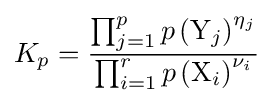
K_{p}={\frac {\prod _{j=1}^{p}p\left(\mathrm {Y} _{j}\right)^{\eta _{j}}}{\prod _{i=1}^{r}p\left(\mathrm {X} _{i}\right)^{\nu _{i}}}}